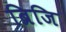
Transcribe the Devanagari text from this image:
ब्रिजि